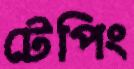
টেপিং